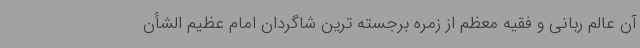
آن عالم ربانی و فقیه معظم از زمره برجسته ترین شاگردان امام عظیم الشأن